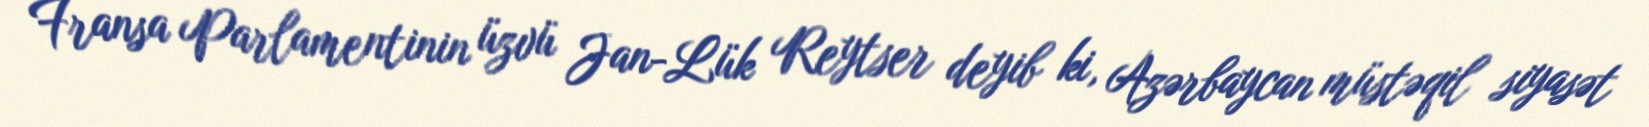
Fransa Parlamentinin üzvü Jan-Lük Reytser deyib ki, Azərbaycan müstəqil siyasət